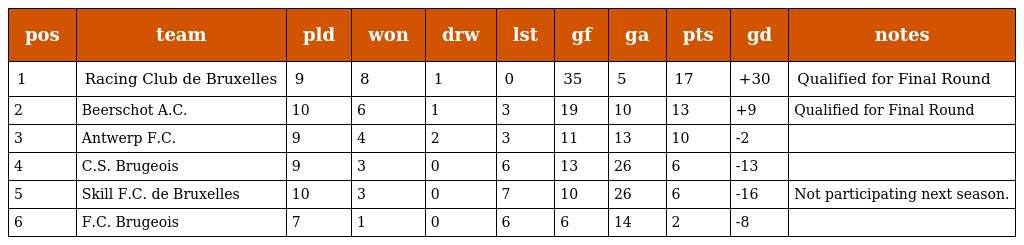
| pos | team | pld | won | drw | lst | gf | ga | pts | gd | notes |
 | --- | --- | --- | --- | --- | --- | --- | --- | --- | --- | --- |
 | 1 | Racing Club de Bruxelles | 9 | 8 | 1 | 0 | 35 | 5 | 17 | +30 | Qualified for Final Round |
 | 2 | Beerschot A.C. | 10 | 6 | 1 | 3 | 19 | 10 | 13 | +9 | Qualified for Final Round |
 | 3 | Antwerp F.C. | 9 | 4 | 2 | 3 | 11 | 13 | 10 | -2 |  |
 | 4 | C.S. Brugeois | 9 | 3 | 0 | 6 | 13 | 26 | 6 | -13 |  |
 | 5 | Skill F.C. de Bruxelles | 10 | 3 | 0 | 7 | 10 | 26 | 6 | -16 | Not participating next season. |
 | 6 | F.C. Brugeois | 7 | 1 | 0 | 6 | 6 | 14 | 2 | -8 |  |